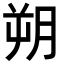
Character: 朔